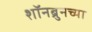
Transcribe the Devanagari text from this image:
शॉनब्रुनच्या